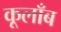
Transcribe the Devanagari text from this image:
कूलाँब